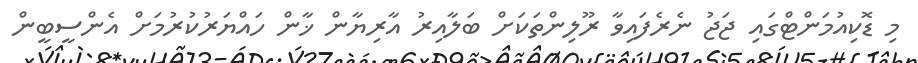
މި ޑޮކިއުމަންޓްގައި ޖަޖު ނެރެފައިވާ ރޫލިންތަކަށް ބަލާއިރު އާރިޔާން ޚާން ހައްޔަރުކުރުމަށް އެންސީބީން